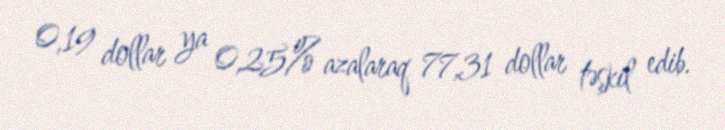
0,19 dollar ya 0,25% azalaraq 77,31 dollar təşkil edib.